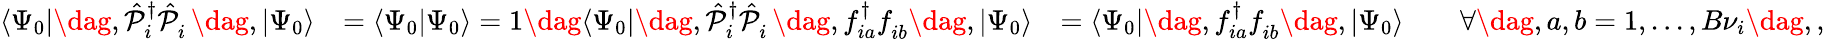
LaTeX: \begin{array}{rlr}{\langle\Psi_{0}|\dag,\hat{\mathcal{P}}_{i}^{{\dagger}}\hat{\mathcal{P}}_{i}^{\phantom{\dagger}}\dag,|\Psi_{0}\rangle}&{=\langle\Psi_{0}|\Psi_{0}\rangle=1\dag\langle\Psi_{0}|\dag,\hat{\mathcal{P}}_{i}^{{\dagger}}\hat{\mathcal{P}}_{i}^{\phantom{\dagger}}\dag,f_{ia}^{\dagger}f_{ib}^{\phantom{\dagger}}\dag,|\Psi_{0}\rangle}&{=\langle\Psi_{0}|\dag,f_{ia}^{\dagger}f_{ib}^{\phantom{\dagger}}\dag,|\Psi_{0}\rangle\qquad\forall\dag,a,b=1,...,B{\nu}_{i}\dag,,}\end{array}